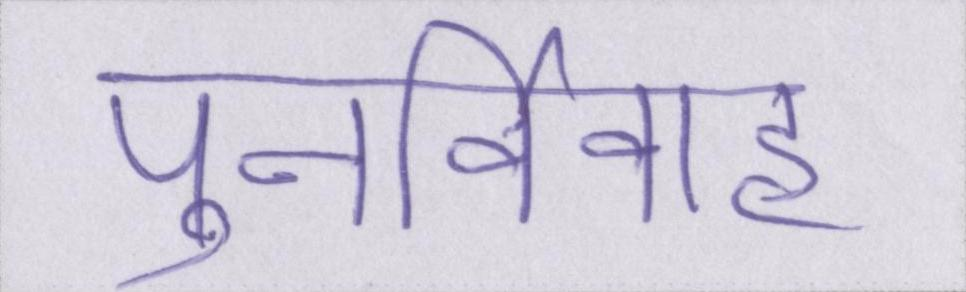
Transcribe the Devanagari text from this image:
पुनर्विवाह